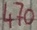
Text: 470